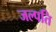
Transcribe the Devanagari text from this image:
जल्पति